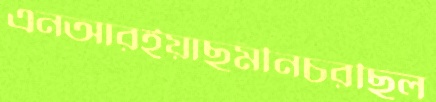
এনআরইয়াছমীনচরছিল